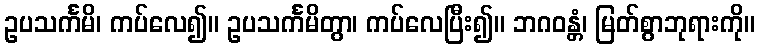
ဥပသင်္ကမိ၊ ကပ်လေ၍။ ဥပသင်္ကမိတွာ၊ ကပ်လေပြီး၍။ ဘဂဝန္တံ၊ မြတ်စွာဘုရားကို။